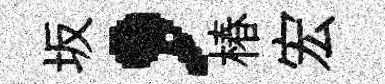
坂，椿宏